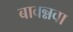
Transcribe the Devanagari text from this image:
बावन्नवा